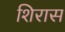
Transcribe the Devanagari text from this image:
शिरास